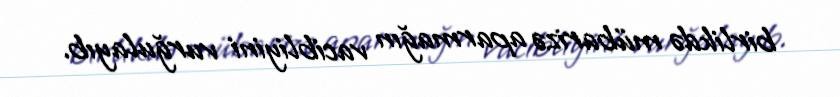
birlikdə mübarizə aparmağın vacibliyini vurğulayıb.